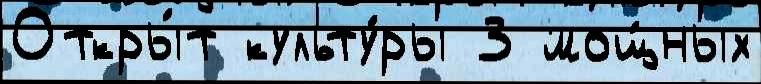
Откры́т культу́ры 3 мощ́ных